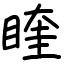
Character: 睳